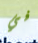
في